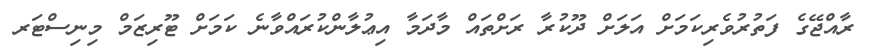
ރާއްޖޭގެ ފަތުރުވެރިކަމަށް އަލަށް ދޫކުރާ ރަށްތައް މާދަމާ އިޢުލާންކުރައްވާނެ ކަމަށް ޓޫރިޒަމް މިނިސްޓަރ